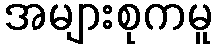
အများစုကမူ